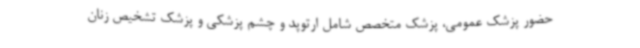
حضور پزشک عمومی، پزشک متخصص شامل ارتوپد و چشم پزشکی و پزشک تشخیص زنان